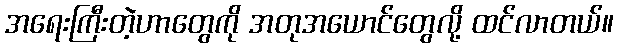
အရေးကြီးတဲ့ဟာတွေကို အတုအယောင်တွေလို့ ထင်လာတယ်။